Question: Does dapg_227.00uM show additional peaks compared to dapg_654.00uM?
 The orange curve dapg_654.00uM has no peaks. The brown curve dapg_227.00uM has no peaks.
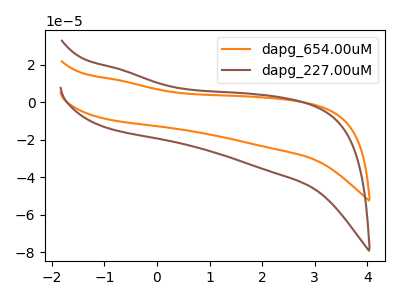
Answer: <think>Neither "dapg_227.00uM" or "dapg_654.00uM" have any peaks.
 </think>
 <answer>No, "dapg_227.00uM" and "dapg_654.00uM" don't appear to be significantly different in shape</answer>
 <eval>no_change</eval>